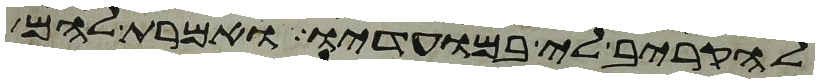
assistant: להקריב לי במועדיו ואמרת להם